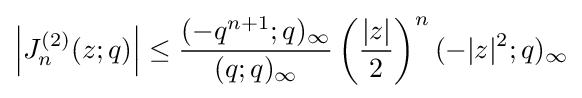
\left|J_{n}^{(2)}(z;q)\right|\leq {\frac {(-q^{n+1};q)_{\infty }}{(q;q)_{\infty }}}\left({\frac {|z|}{2}}\right)^{n}(-|z|^{2};q)_{\infty }